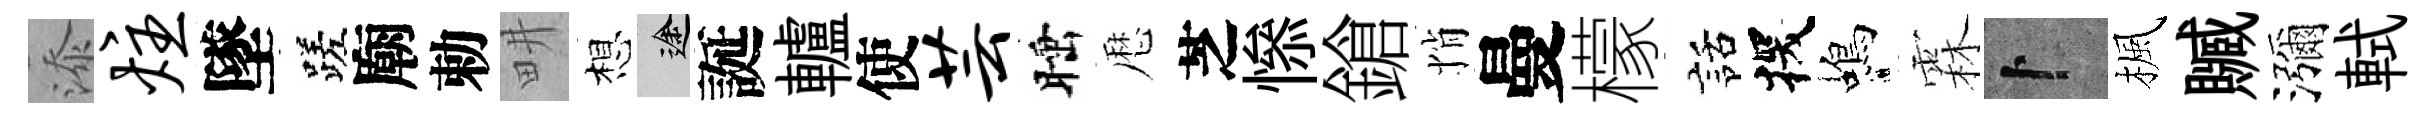
添炷墜蹉廟勅畊想途誕轤使芸睡厯芝𢡖鎗悄曼檬話探蝎霖卜楓贓瀰軾